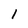
Character: 1